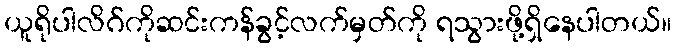
ယူရိုပါလိဂ်ကိုဆင်းကန်ခွင့်လက်မှတ်ကို ရသွားဖို့ရှိနေပါတယ်။